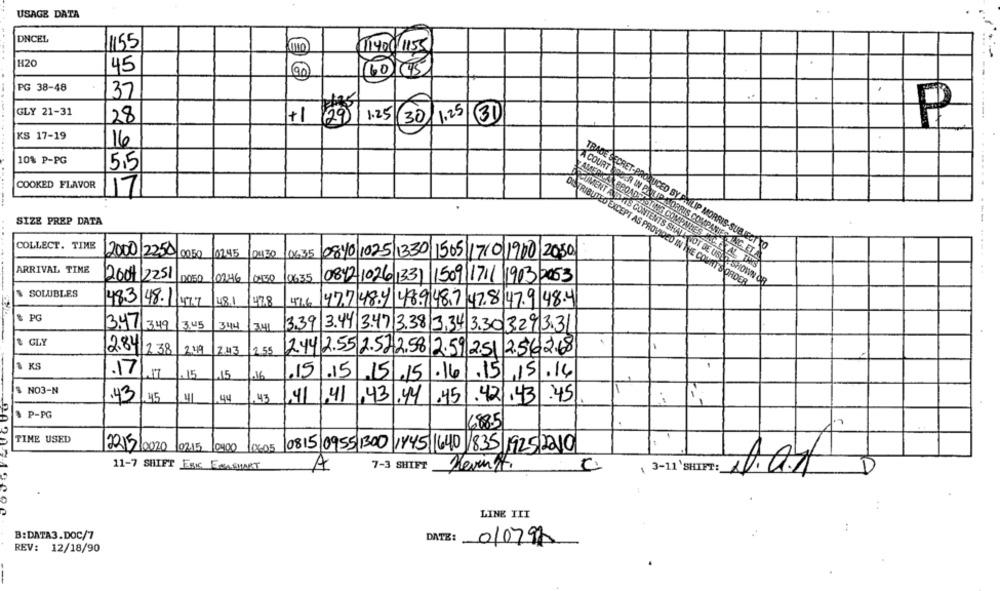
USAGE DATA
DNCEL
1155
1400/1155
H20
45
(60 (45
90
PG 38-48
37
GLY 21-31
1.25
28
+1
(29)
1.25
30
(3)
P
KS 17-19
16
10% P-PG
5.5
TRADE SECRET-PR
KAMERKA
COOKED FLAVOR
A COURT DEER IN
17
CIMENTADA
UCED BY C
SIZE PREP DATA
ENTS SHA
COLLECT. TIME
DISTRIBUTED EXCEPT AS PROVIDED IN
URJECT TO
2000/2250
106.35
NC, ET A
0840 1025 1330 1505 1710/1900 2050
ARRIVAL TIME
... .......
2004 2251
19635
102:46
10:00
0842 1026 1331 1509 1711 1903 2053
E COUNT'S ORDER
T BE USED. SHOWN OB
SOLUBLES
48.1
478
48.3148.1147.7
41.6
427489 489487 47 8 47.9 48.4
& PG
3 .4
13.45
344
3.39
3.44 3.47 3.38 3,34 3.30 3.29|3.31
& GLY
2.841
1238
2.49
2.43
2.55
2.44 2.55 2.512.58 2.59.251 2.562.68
& KS
.17
. 15
15
.16
.15
.15
15 .15
.161.15/ 15.16
NO3-N
.43
.45
,41, 43.44 .45.42 .43
41
,43.44
.45
.421.43
:45
3 P-PG
6885
.
TIME USED
22/2/2020 02.15 0400 0605 0815 0955 1300 1Y45 640 1835 1925 2010
11-7 SHIFT ERIC ESASMART
7-3 SHIFT
A
( 3-11`SHIFT:
LINE TIT
B:DATA3.DOC/7
DATE: 010798
REV: 12/18/90
-